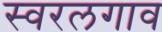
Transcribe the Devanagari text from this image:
स्वरलगाव